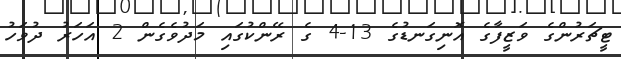
ޓީޗަރުންގެ ވަޒީފާގެ އޮނިގަނޑުގެ 13-4 ގެ ރޭންކުގައި މަދުވެގެން 2 އަހަރު ދުވަހު